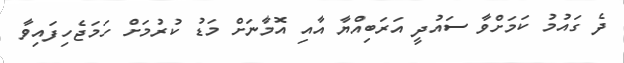
ދެ ގައުމު ކަމަށްވާ ސައުދީ އަރަބިއްޔާ އާއި އޮމާނަށް މަޑު ކުރުމަށް ހަމަޖެހިފައިވާ